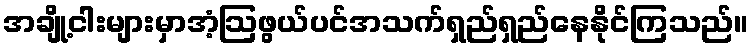
အချို့ငါးများမှာအံ့ဩဖွယ်ပင်အသက်ရှည်ရှည်နေနိုင်ကြသည်။